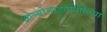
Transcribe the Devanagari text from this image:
थ्रोम्बोसाइटोंपीनिया